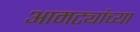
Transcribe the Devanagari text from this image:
आमट्यांच्या